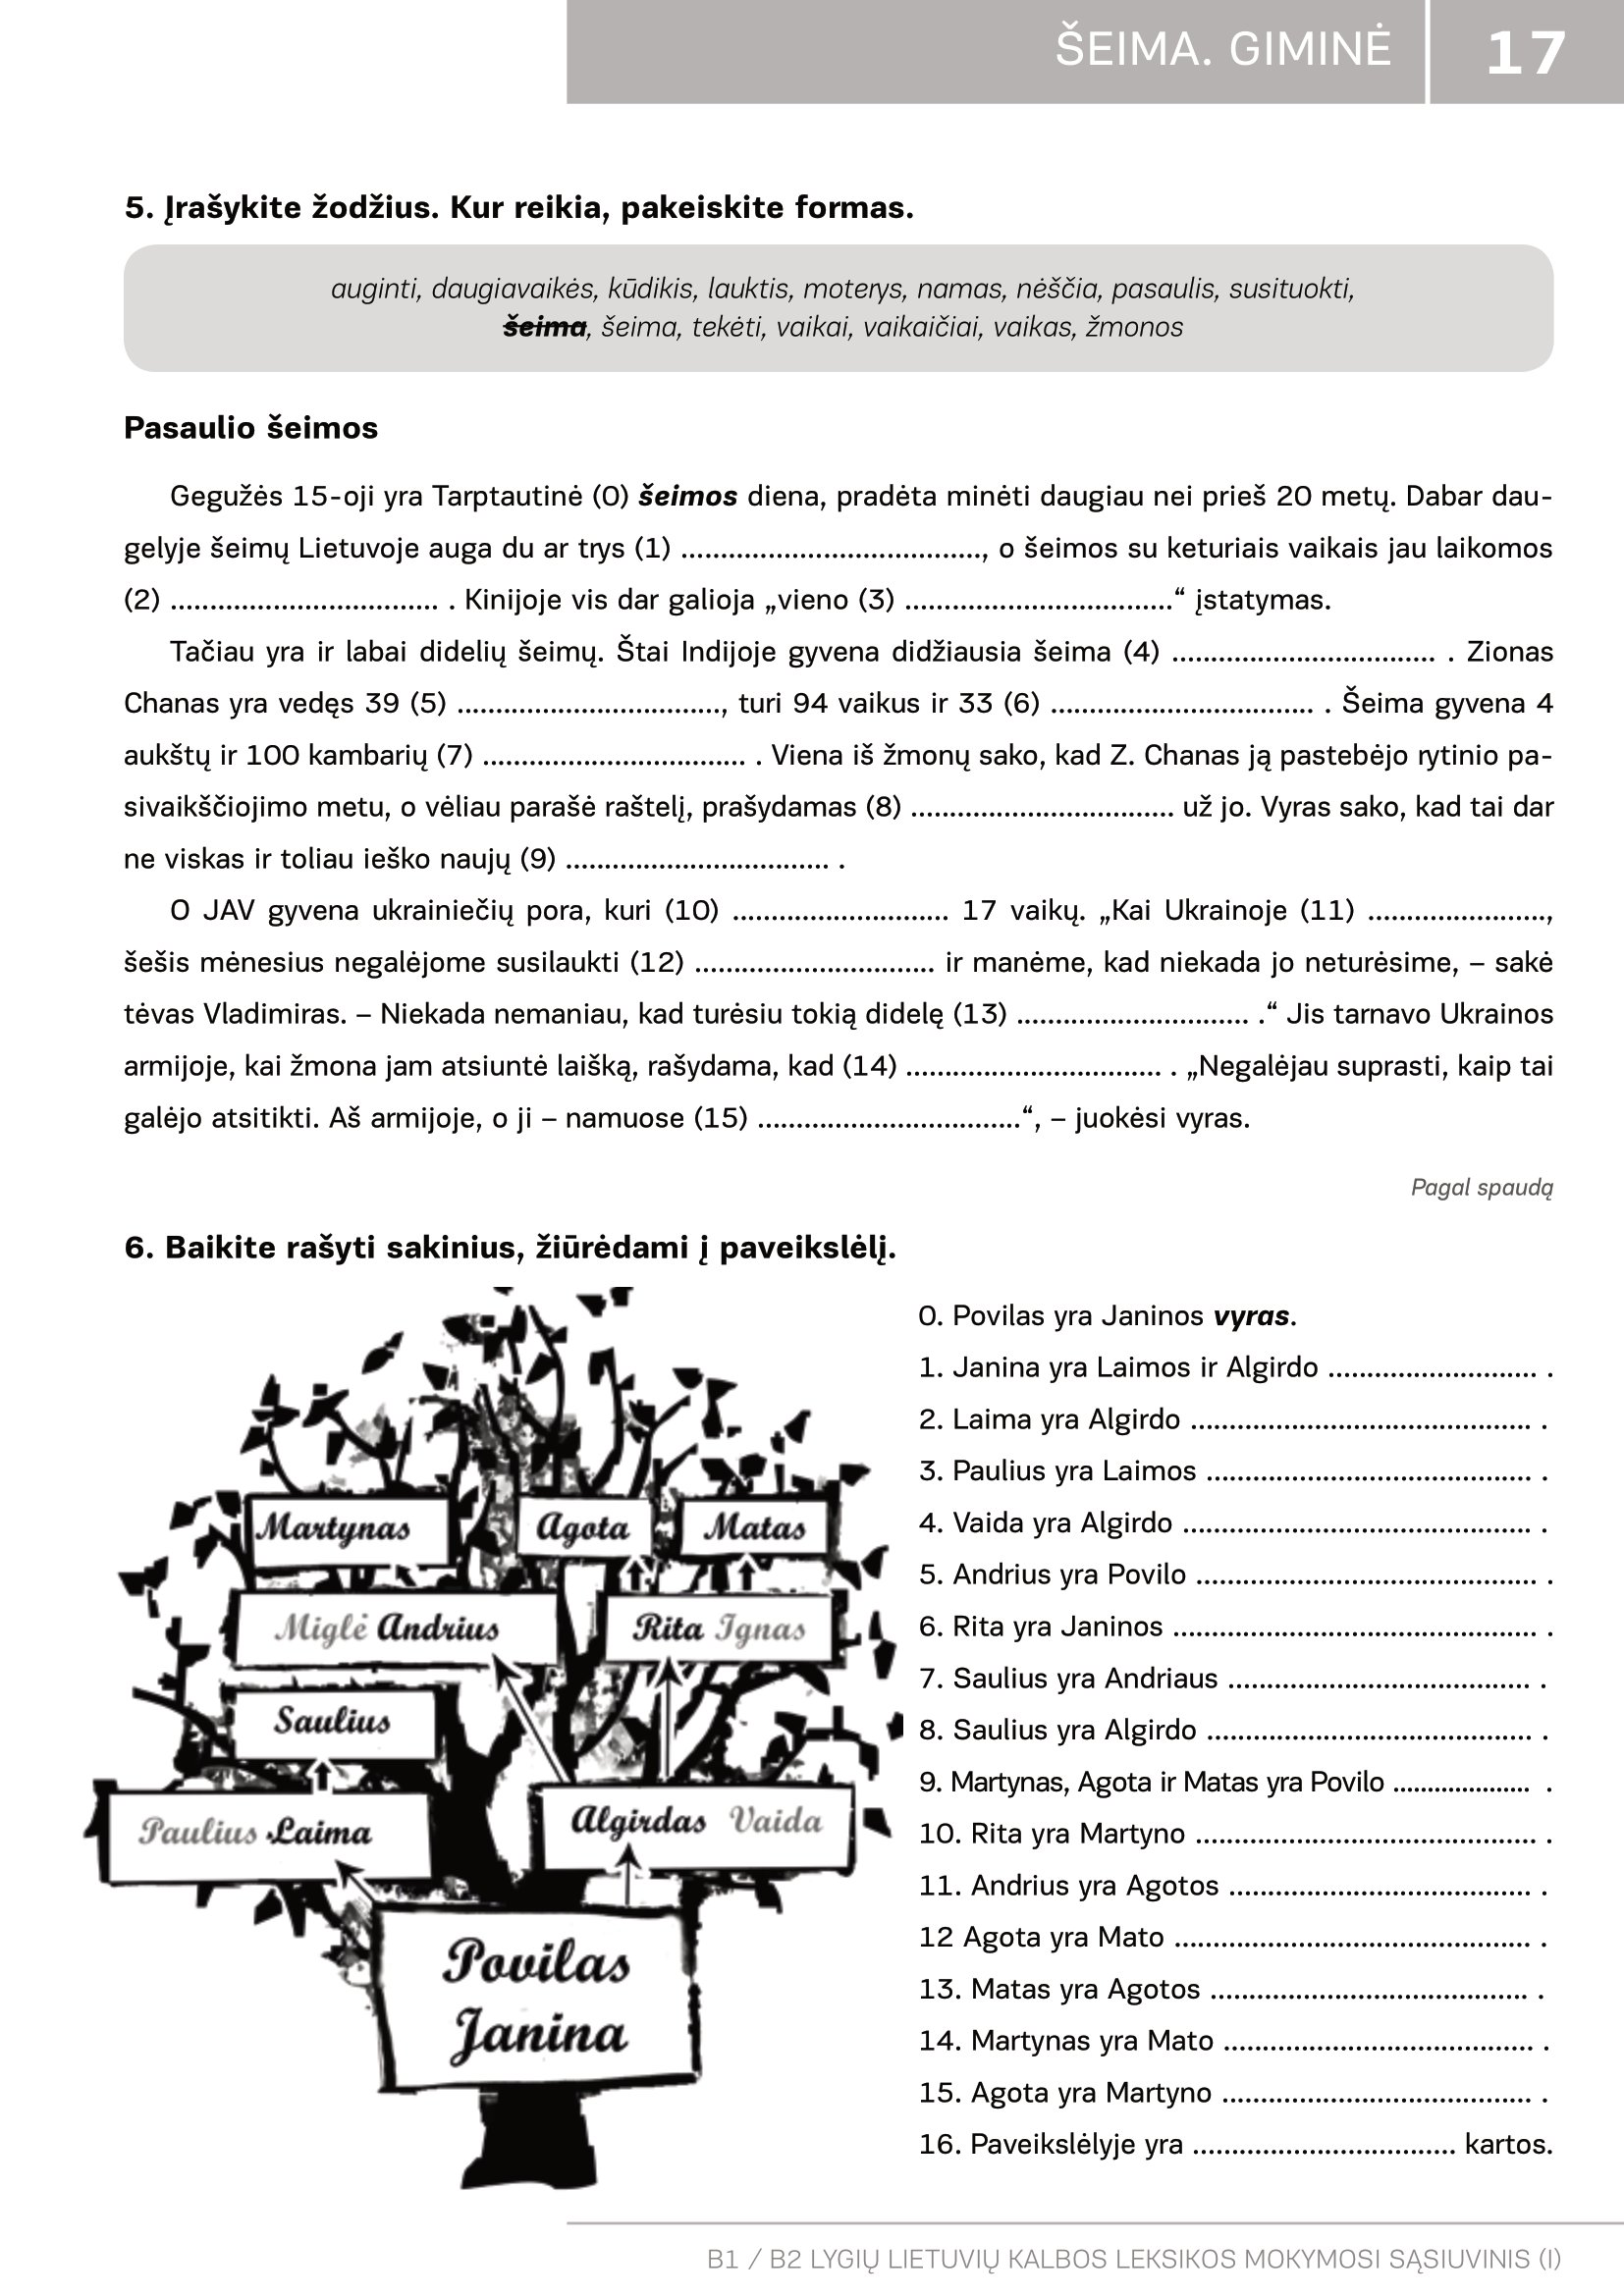
Language: lt